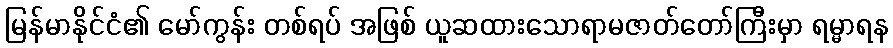
မြန်မာနိုင်ငံ၏ မော်ကွန်း တစ်ရပ် အဖြစ် ယူဆထားသောရာမဇာတ်တော်ကြီးမှာ ရမ္မာရန